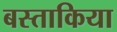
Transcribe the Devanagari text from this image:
बस्ताकिया